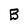
Character: B